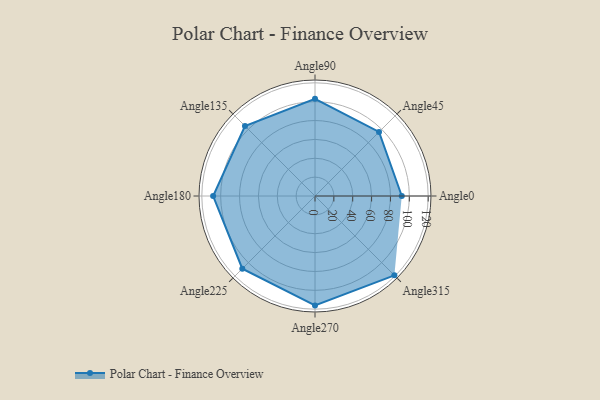
{"axis": {"x": "Angle", "y": "Radius"}, "legend": [""], "data": [{"x": "Angle0", "y": 92.0, "type": ""}, {"x": "Angle45", "y": 96.0, "type": ""}, {"x": "Angle90", "y": 103.0, "type": ""}, {"x": "Angle135", "y": 105.0, "type": ""}, {"x": "Angle180", "y": 108.0, "type": ""}, {"x": "Angle225", "y": 109.0, "type": ""}, {"x": "Angle270", "y": 116.0, "type": ""}, {"x": "Angle315", "y": 119.0, "type": ""}]}